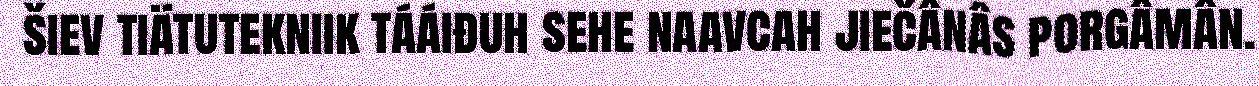
šiev tiätutekniik tááiđuh sehe naavcah jiečânâs porgâmân.